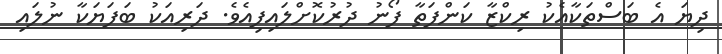
ދިޔަ އެ ބަސްތަކާއެކު ރިކްޒާ ކަންފަތާ ފޯނު ދުރުކޮށްލައިފިއެވެ. ދަރިއަކު ބަފަޔަކާ ނުލައި